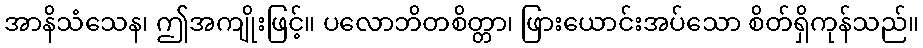
အာနိသံသေန၊ ဤအကျိုးဖြင့်။ ပလောဘိတစိတ္တာ၊ ဖြားယောင်းအပ်သော စိတ်ရှိကုန်သည်။